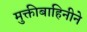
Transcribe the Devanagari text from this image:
मुक्तीबाहिनीने